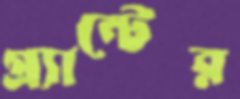
গ্র্যান্টের